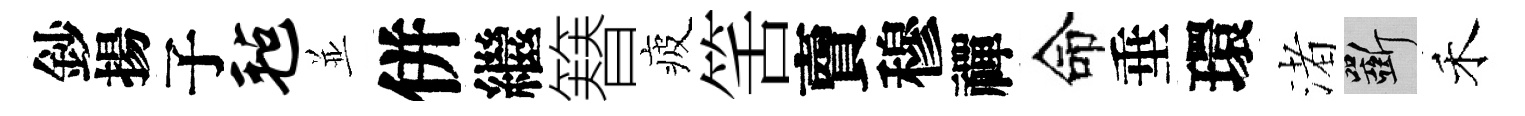
鈔揚子毡並併繼簮疲筈𧶠穆禪命垂環渚斫禾